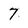
Character: 7